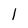
Character: l